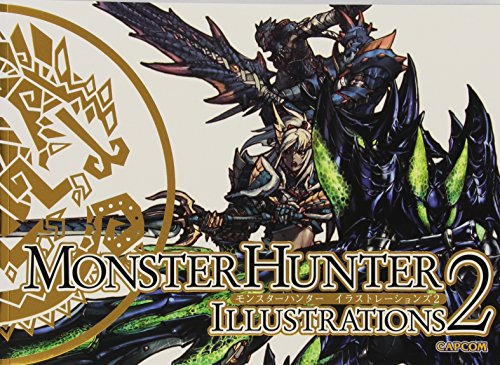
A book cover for Monster Hunter Illustrations 2; Capcom; Arts & Photography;